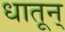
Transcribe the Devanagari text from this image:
धातून्